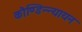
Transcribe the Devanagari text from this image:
कौण्डिन्न्यायन